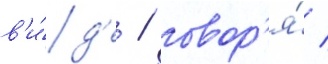
в'и́д'е / говор'я́ /